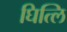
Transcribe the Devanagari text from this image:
घित्लि